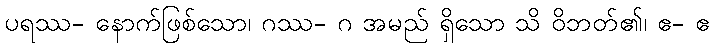
ပရဿ- နောက်ဖြစ်သော၊ ဂဿ- ဂ အမည် ရှိသော သိ ဝိဘတ်၏၊ ဧ- ဧ